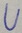
Text: U